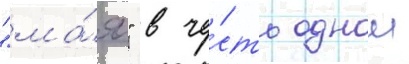
"ма́я" в че́сть однои